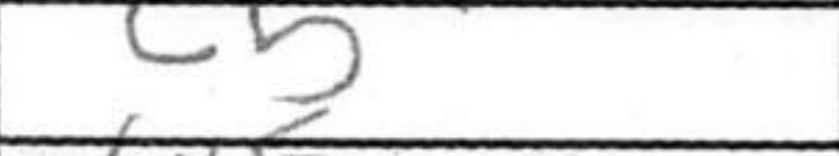
Transcription: c5